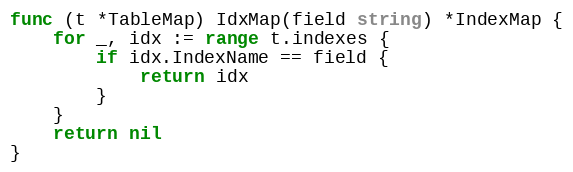
Language: Go
func (t *TableMap) IdxMap(field string) *IndexMap {
	for _, idx := range t.indexes {
		if idx.IndexName == field {
			return idx
		}
	}
	return nil
}